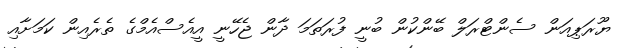
ޔޫރަޕިއަން ސެންޓްރަލް ބޭންކުން ބުނީ ފުރަތަމަ ދާން ޖެހޭނީ އީއެސްއެމްގެ ތެރެއިން ކަމަށާއި